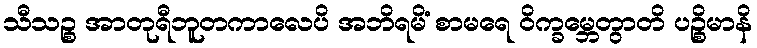
သီသဉ္စ အာတုရီဘူတကာလေပိ အဘိရမိံ စာမရေ ဝိက္ခမ္ဘေတွာတိ ပဉ္စိမာနိ